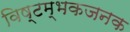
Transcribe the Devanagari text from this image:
विष्टम्भकजनक